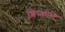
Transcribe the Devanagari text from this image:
शिष्कोटि